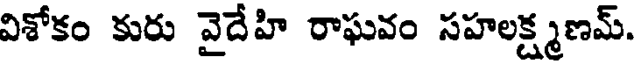
విశోకం కురు వైదేహి రాఘవం సహలక్ష్మణమ్.